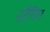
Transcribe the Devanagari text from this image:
स्टैंपिग